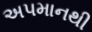
અપમાનથી